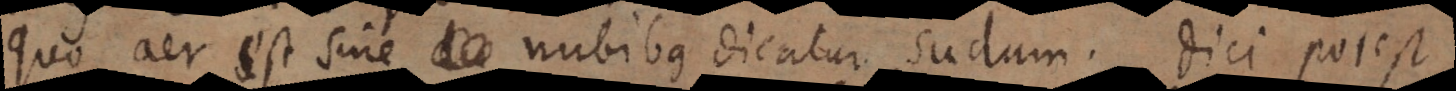
quo aër est sine nubibus dicatur sudum; dici potest,